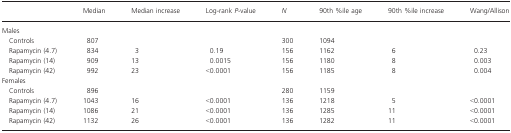
<table><thead><tr><td></td><td><b>Median</b></td><td><b>Median increase</b></td><td><b>Log-rank <i>P</i>-value</b></td><td><b><i>N</i></b></td><td><b>90th %ile age</b></td><td><b>90th %ile increase</b></td><td><b>Wang/Allison</b></td></tr></thead><tbody><tr><td colspan="8">Males</td></tr><tr><td> Controls</td><td>807</td><td></td><td></td><td>300</td><td>1094</td><td></td><td></td></tr><tr><td> Rapamycin (4.7)</td><td>834</td><td>3</td><td>0.19</td><td>156</td><td>1162</td><td>6</td><td>0.23</td></tr><tr><td> Rapamycin (14)</td><td>909</td><td>13</td><td>0.0015</td><td>156</td><td>1180</td><td>8</td><td>0.003</td></tr><tr><td> Rapamycin (42)</td><td>992</td><td>23</td><td>&lt;0.0001</td><td>156</td><td>1185</td><td>8</td><td>0.004</td></tr><tr><td colspan="8">Females</td></tr><tr><td> Controls</td><td>896</td><td></td><td></td><td>280</td><td>1159</td><td></td><td></td></tr><tr><td> Rapamycin (4.7)</td><td>1043</td><td>16</td><td>&lt;0.0001</td><td>136</td><td>1218</td><td>5</td><td>&lt;0.0001</td></tr><tr><td> Rapamycin (14)</td><td>1086</td><td>21</td><td>&lt;0.0001</td><td>136</td><td>1285</td><td>11</td><td>&lt;0.0001</td></tr><tr><td> Rapamycin (42)</td><td>1132</td><td>26</td><td>&lt;0.0001</td><td>136</td><td>1282</td><td>11</td><td>&lt;0.0001</td></tr></tbody></table>